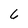
Character: 6